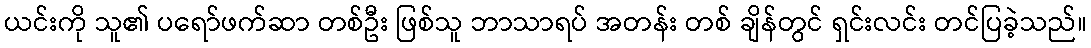
ယင်းကို သူ၏ ပရော်ဖက်ဆာ တစ်ဦး ဖြစ်သူ ဘာသာရပ် အတန်း တစ် ချိန်တွင် ရှင်းလင်း တင်ပြခဲ့သည်။